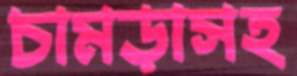
চামড়াসহ